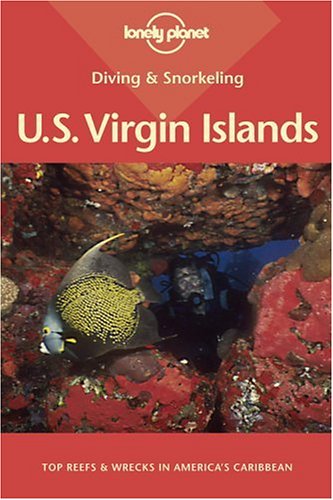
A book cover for Lonely Planet Diving & Snorkeling US Virgin Islands; David Lauterborn; Travel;